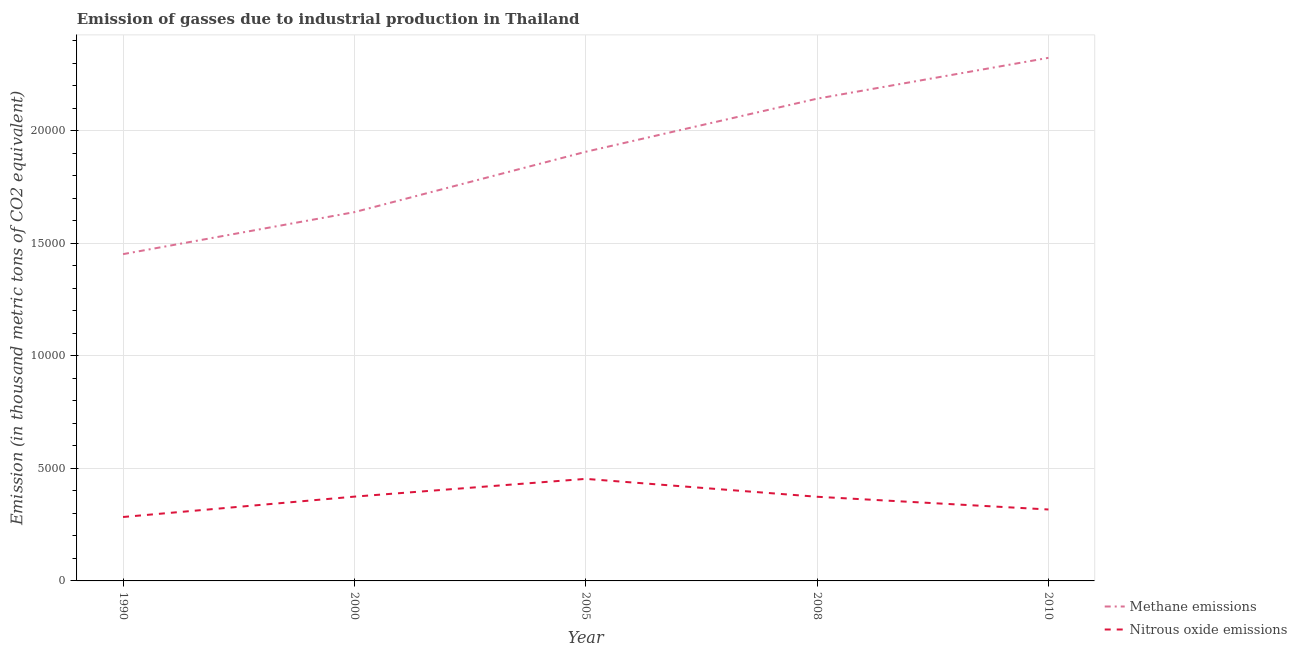
| Year | Methane emissions | Nitrous oxide emissions |
 | --- | --- | --- |
 | 1990 | 1.45e+04 | 2.84e+03 |
 | 2000 | 1.64e+04 | 3.74e+03 |
 | 2005 | 1.91e+04 | 4.53e+03 |
 | 2008 | 2.14e+04 | 3.74e+03 |
 | 2010 | 2.32e+04 | 3.17e+03 |